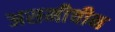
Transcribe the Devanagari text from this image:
असमीचीन